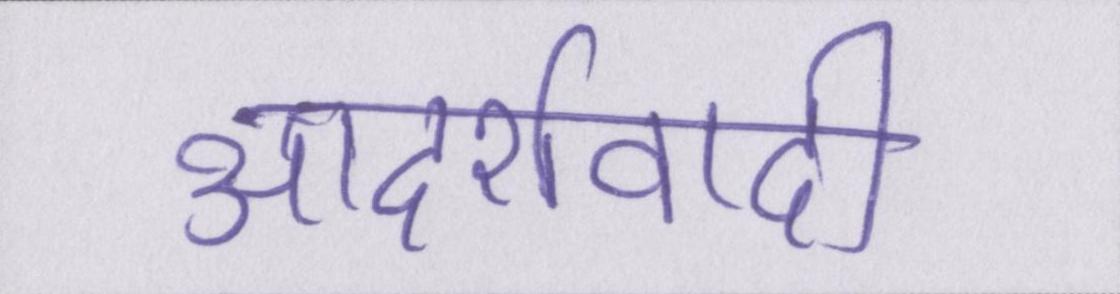
आदर्शवादी